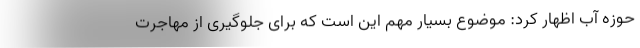
حوزه آب اظهار کرد: موضوع بسیار مهم این است که برای جلوگیری از مهاجرت